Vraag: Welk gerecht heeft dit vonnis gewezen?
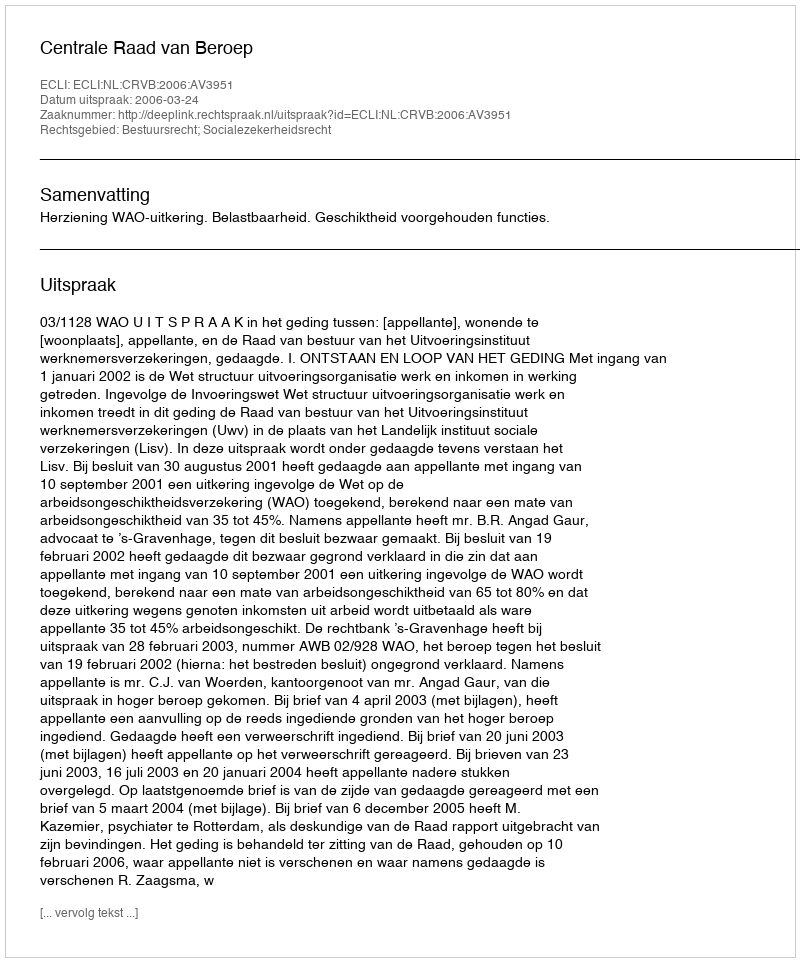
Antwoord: Centrale Raad van Beroep